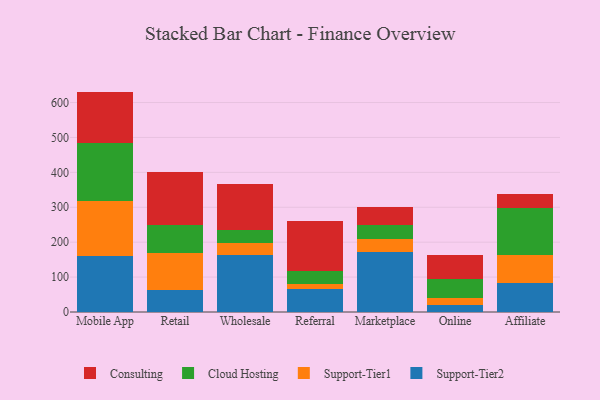
{"axis": {"x": "Channel", "y": "Revenue (USD Million)"}, "legend": ["Cloud Hosting", "Consulting", "Support-Tier1", "Support-Tier2"], "data": [{"x": "Mobile App", "y": 160.8, "type": "Support-Tier2"}, {"x": "Mobile App", "y": 156.6, "type": "Support-Tier1"}, {"x": "Mobile App", "y": 167.7, "type": "Cloud Hosting"}, {"x": "Mobile App", "y": 146.2, "type": "Consulting"}, {"x": "Retail", "y": 63.6, "type": "Support-Tier2"}, {"x": "Retail", "y": 105.9, "type": "Support-Tier1"}, {"x": "Retail", "y": 78.6, "type": "Cloud Hosting"}, {"x": "Retail", "y": 152.6, "type": "Consulting"}, {"x": "Wholesale", "y": 163.0, "type": "Support-Tier2"}, {"x": "Wholesale", "y": 34.6, "type": "Support-Tier1"}, {"x": "Wholesale", "y": 36.8, "type": "Cloud Hosting"}, {"x": "Wholesale", "y": 131.2, "type": "Consulting"}, {"x": "Referral", "y": 66.9, "type": "Support-Tier2"}, {"x": "Referral", "y": 13.5, "type": "Support-Tier1"}, {"x": "Referral", "y": 37.9, "type": "Cloud Hosting"}, {"x": "Referral", "y": 141.4, "type": "Consulting"}, {"x": "Marketplace", "y": 173.0, "type": "Support-Tier2"}, {"x": "Marketplace", "y": 36.3, "type": "Support-Tier1"}, {"x": "Marketplace", "y": 39.1, "type": "Cloud Hosting"}, {"x": "Marketplace", "y": 53.2, "type": "Consulting"}, {"x": "Online", "y": 19.6, "type": "Support-Tier2"}, {"x": "Online", "y": 19.8, "type": "Support-Tier1"}, {"x": "Online", "y": 56.3, "type": "Cloud Hosting"}, {"x": "Online", "y": 68.9, "type": "Consulting"}, {"x": "Affiliate", "y": 82.2, "type": "Support-Tier2"}, {"x": "Affiliate", "y": 79.8, "type": "Support-Tier1"}, {"x": "Affiliate", "y": 135.5, "type": "Cloud Hosting"}, {"x": "Affiliate", "y": 40.3, "type": "Consulting"}]}